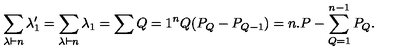
\sum _ { \lambda \vdash n } \lambda _ { 1 } ^ { \prime } = \sum _ { \lambda \vdash n } \lambda _ { 1 } = \sum { Q = 1 } ^ { n } Q ( P _ { Q } - P _ { Q - 1 } ) = n . P - \sum _ { Q = 1 } ^ { n - 1 } P _ { Q } { } .